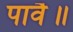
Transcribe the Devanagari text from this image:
पावै॥